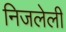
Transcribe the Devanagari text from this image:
निजलेली